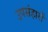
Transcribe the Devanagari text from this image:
उपसंहारों